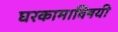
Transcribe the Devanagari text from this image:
घरकामाविषयी